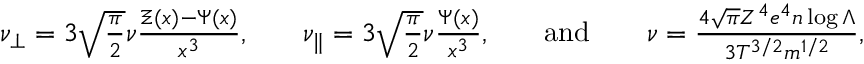
\begin{array} { r l r l r l r } { \nu _ { \perp } = 3 \sqrt { \frac { \pi } { 2 } } \nu \frac { \Xi ( x ) - \Psi ( x ) } { x ^ { 3 } } , } & { } & { \nu _ { \parallel } = 3 \sqrt { \frac { \pi } { 2 } } \nu \frac { \Psi ( x ) } { x ^ { 3 } } , } & { } & { \mathrm { a n d } } & { } & { \nu = \frac { 4 \sqrt { \pi } Z ^ { 4 } e ^ { 4 } n \log \Lambda } { 3 T ^ { 3 / 2 } m ^ { 1 / 2 } } , } \end{array}